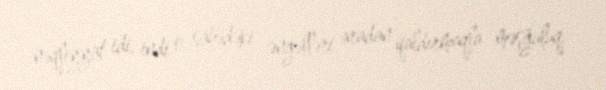
nəqliyyat idi, indi o sahədəki əngəlləri aradan qaldırmaqla məşğuluq.